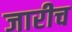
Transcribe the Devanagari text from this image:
जारीच